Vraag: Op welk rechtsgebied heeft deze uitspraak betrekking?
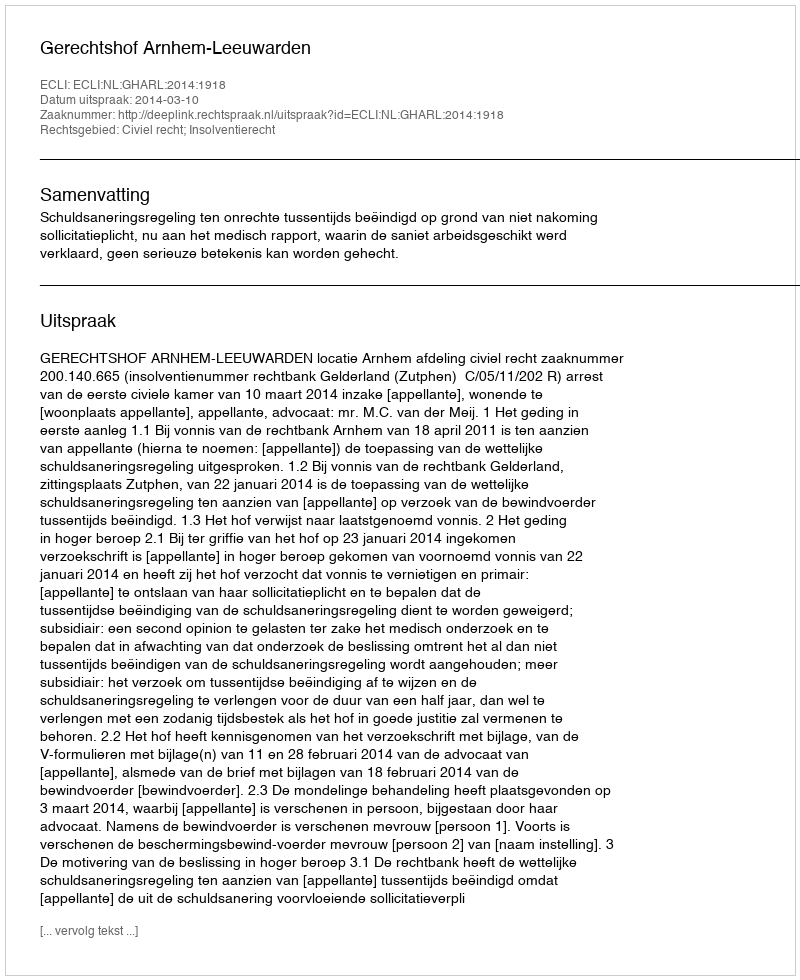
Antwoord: Civiel recht; Insolventierecht